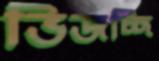
ভিজচ্ছি